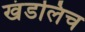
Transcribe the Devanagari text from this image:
खंडलिच